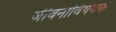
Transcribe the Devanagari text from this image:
जीवनाविषयक